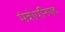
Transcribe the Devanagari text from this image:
मंत्रोपनिषद